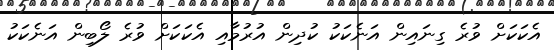
އެކަކަށް ވުރެ ގިނައިން އަނެކަކު ކުދިން އުރުމާއި އެކަކަށް ވުރެ ލޯބިން އަނެކަކު